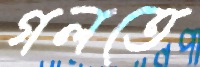
গলতে